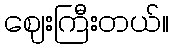
ဈေးကြီးတယ်။